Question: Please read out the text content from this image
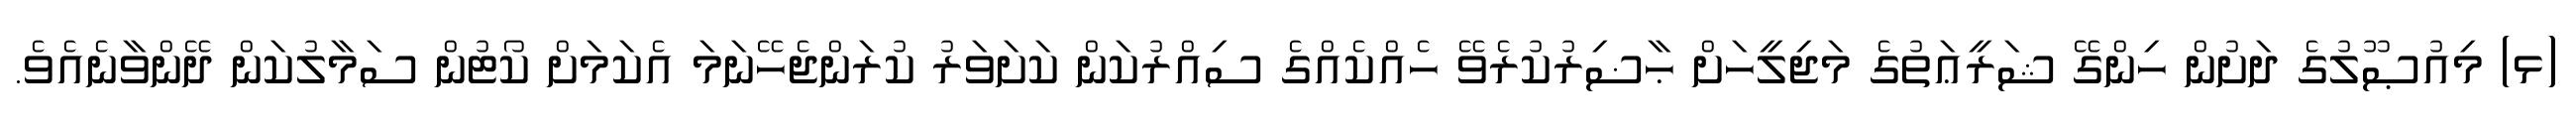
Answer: (ޅ) މިއުޞޫލުގެ ދަށުން ހިންގޭ ޝަރީޢަތުގެ މަޖިލީހަށް ޙާޟިރުކުރެވޭ ހެއްކެއްގެ ސިއްރުކަން ކަށަވަރު ކުރަންޖެހޭނަމަ އެކަމަށް ކޯޓުން ސަމާލުކަން ދޭންވާނެއެވެ.